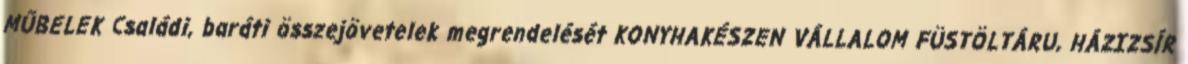
MŰBELEK Családi, baráti összejövetelek megrendelését KONYHAKÉSZEN VÁLLALOM FÜSTÖLTÁRU, HÁZIZSÍR